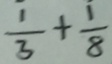
= \frac { 1 } { 3 } + \frac { 1 } { 8 }